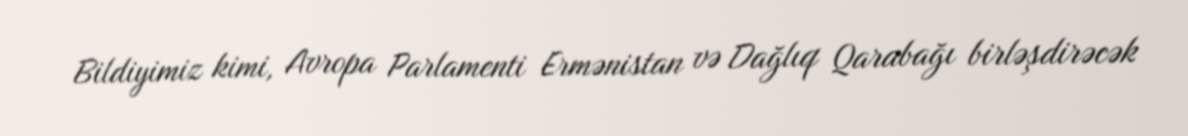
Bildiyimiz kimi, Avropa Parlamenti Ermənistan və Dağlıq Qarabağı birləşdirəcək